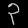
Digit: ၃